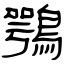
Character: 鶚